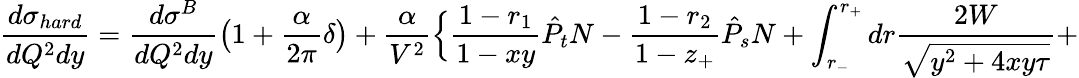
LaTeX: \frac{d\sigma_{hard}}{dQ^{2}dy}=\frac{d\sigma^{B}}{dQ^{2}dy}\bigl(1+\frac{\alpha}{2\pi}\delta\bigr)+\frac{\alpha}{V^{2}}\Bigl\{ \frac{1-r_{1}}{1-xy}\hat{P}_{t}N-\frac{1-r_{2}}{1-z_{+}}\hat{P}_{s}N+\int_{r_{-}}^{r_{+}}dr\frac{2W}{\sqrt{y^{2}+4xy\tau}}+